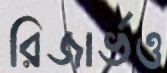
রিজার্ভও